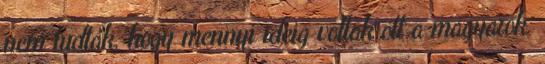
nem tudták, hogy mennyi ideig voltak ott a magyarok.